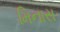
મિનાસ